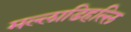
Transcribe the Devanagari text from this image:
मल्‍लाडिहल्‍लि